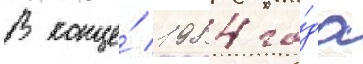
В конце́ 1984 го́да